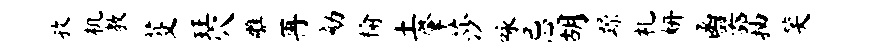
孜机教芟珏穴雕再劾榆土肇莎咏忌胡躁札妍函器抽笑